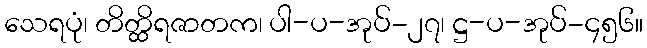
သေရပုံ၊ တိတ္ထိရဇာတက၊ ပါ-ပ-အုပ်-၂၇၊ ဋ္ဌ-ပ-အုပ်-၄၅၆။